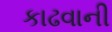
કાઢવાની